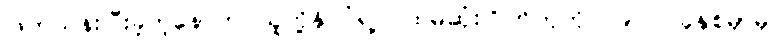
ဖြတ်သန်းပြီးခဲ့တဲ့နောက် သူတို့နိုင်ငံရဲ့ ပထမဆုံးဂြိုဟ်တုကို ၁၉၇၀ ခုနှစ်မှာမှ